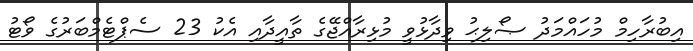
އިބުރާހިމް މުހައްމަދު ޞޯލިޙު ވިދާޅުވީ މުޅިރާއްޖޭގެ ތާއީދާއި އެކު 23 ސެޕްޓެމްބަރުގެ ވޯޓު